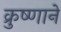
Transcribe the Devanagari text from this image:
क्रुष्णाने